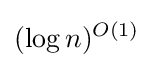
(\log n)^{O(1)}